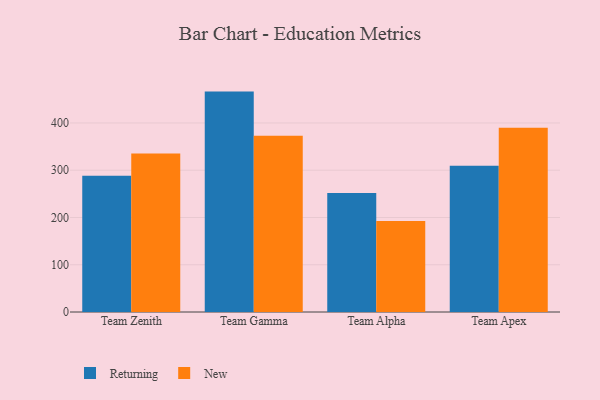
{"axis": {"x": "Team", "y": "Latency (ms)"}, "legend": ["New", "Returning"], "data": [{"x": "Team Zenith", "y": 288.1, "type": "Returning"}, {"x": "Team Zenith", "y": 335.5, "type": "New"}, {"x": "Team Gamma", "y": 466.4, "type": "Returning"}, {"x": "Team Gamma", "y": 372.9, "type": "New"}, {"x": "Team Alpha", "y": 251.8, "type": "Returning"}, {"x": "Team Alpha", "y": 192.7, "type": "New"}, {"x": "Team Apex", "y": 309.3, "type": "Returning"}, {"x": "Team Apex", "y": 390.0, "type": "New"}]}